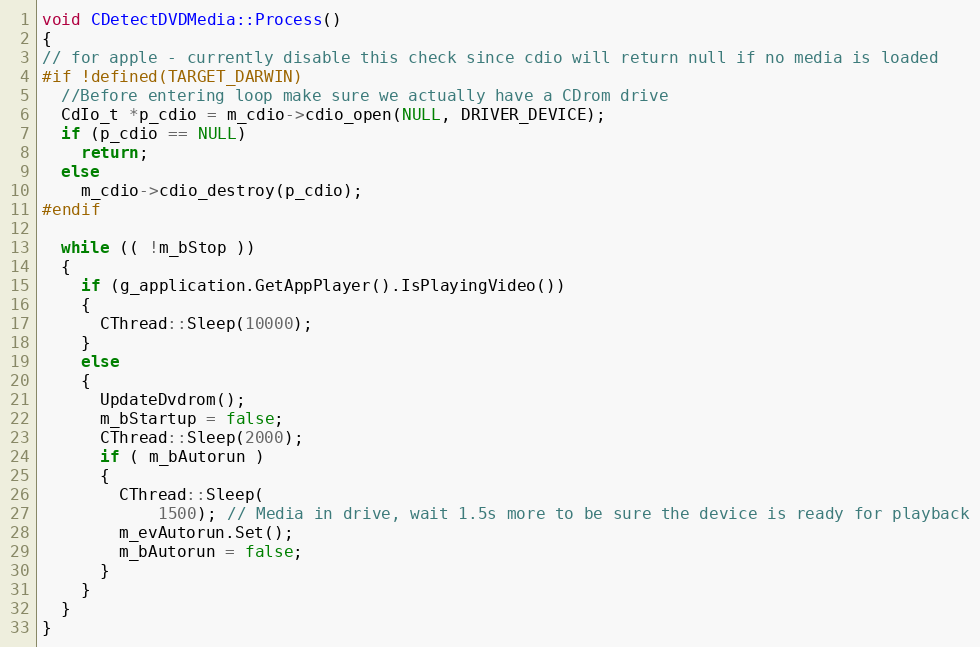
Language: C++
void CDetectDVDMedia::Process()
{
// for apple - currently disable this check since cdio will return null if no media is loaded
#if !defined(TARGET_DARWIN)
  //Before entering loop make sure we actually have a CDrom drive
  CdIo_t *p_cdio = m_cdio->cdio_open(NULL, DRIVER_DEVICE);
  if (p_cdio == NULL)
    return;
  else
    m_cdio->cdio_destroy(p_cdio);
#endif

  while (( !m_bStop ))
  {
    if (g_application.GetAppPlayer().IsPlayingVideo())
    {
      CThread::Sleep(10000);
    }
    else
    {
      UpdateDvdrom();
      m_bStartup = false;
      CThread::Sleep(2000);
      if ( m_bAutorun )
      {
        CThread::Sleep(
            1500); // Media in drive, wait 1.5s more to be sure the device is ready for playback
        m_evAutorun.Set();
        m_bAutorun = false;
      }
    }
  }
}